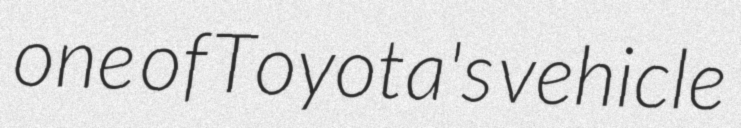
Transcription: one of Toyota's vehicle